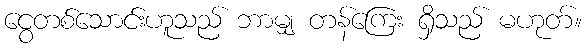
ငွေတစ်သောင်းဟူသည် ဘာမျှ တန်ကြေး ရှိသည် မဟုတ်။